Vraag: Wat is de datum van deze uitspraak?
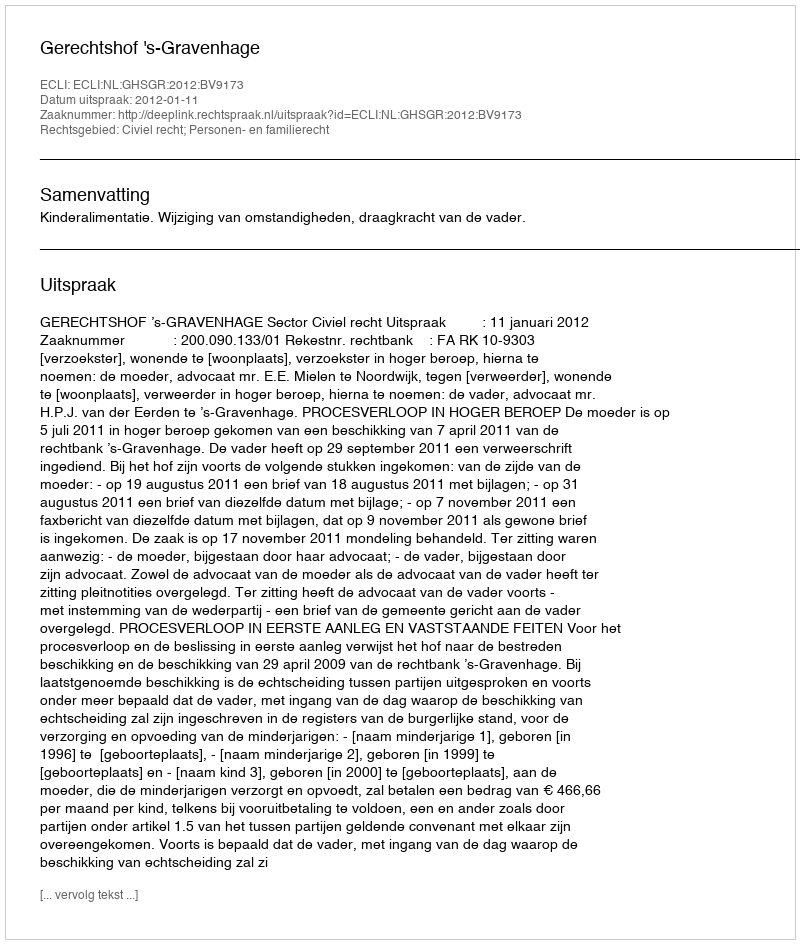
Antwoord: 2012-01-11